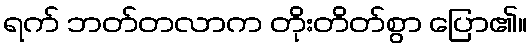
ရက် ဘတ်တလာက တိုးတိတ်စွာ ပြော၏။